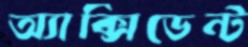
অ্যাক্সিডেন্ট